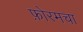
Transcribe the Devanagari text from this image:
फ़ोरमचा